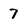
Character: 7